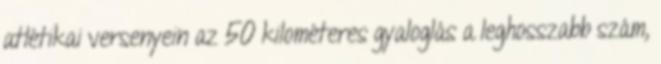
atlétikai versenyein az 50 kilométeres gyaloglás a leghosszabb szám,